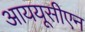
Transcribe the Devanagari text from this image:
आययूसीएन